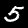
Label: 5